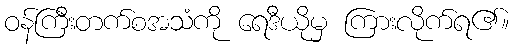
ဝန်ကြီးတက်စအသံကို ရေဒီယိုမှ ကြားလိုက်ရ၏။